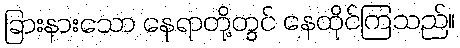
ခြားနားသော နေရာတို့တွင် နေထိုင်ကြသည်။